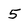
Character: 5